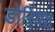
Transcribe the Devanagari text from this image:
डोरियत